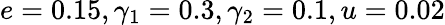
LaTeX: e=0.15,\gamma_{1}=0.3,\gamma_{2}=0.1,u=0.02